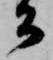
公